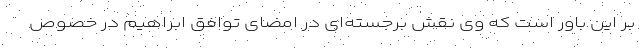
بر این باور است که وی نقش برجسته‌ای در امضای توافق ابراهیم در خصوص